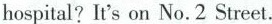
hospital?It's on No.2 Street.